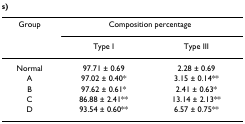
<table><thead><tr><td><b>Group</b></td><td colspan="2"><b>Composition percentage</b></td></tr><tr><td></td><td><b>Type I</b></td><td><b>Type III</b></td></tr></thead><tbody><tr><td>Normal</td><td>97.71 ± 0.69</td><td>2.28 ± 0.69</td></tr><tr><td>A</td><td>97.02 ± 0.40*</td><td>3.15 ± 0.14**</td></tr><tr><td>B</td><td>97.62 ± 0.61*</td><td>2.41 ± 0.63*</td></tr><tr><td>C</td><td>86.88 ± 2.41**</td><td>13.14 ± 2.13**</td></tr><tr><td>D</td><td>93.54 ± 0.60**</td><td>6.57 ± 0.75**</td></tr></tbody></table>